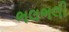
ભલભલી